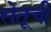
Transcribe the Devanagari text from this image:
सेतूची